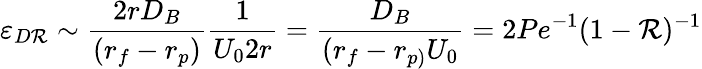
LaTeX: \varepsilon_{D\mathcal{R}}\sim\frac{{2rD_{B}}}{{\left(r_{f}-r_{p}\right)}}\frac{{1}}{{U_{0}2r}}=\frac{{D_{B}}}{{(r_{f}-r_{p)}U_{0}}}=2Pe^{-1}(1-\mathcal{R})^{-1}